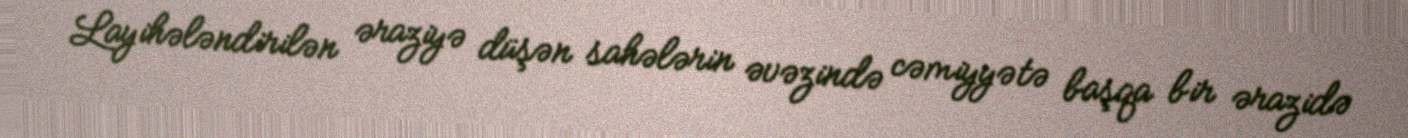
Layihələndirilən əraziyə düşən sahələrin əvəzində cəmiyyətə başqa bir ərazidə